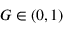
G \in ( 0 , 1 )